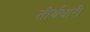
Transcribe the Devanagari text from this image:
तीर्थधारी